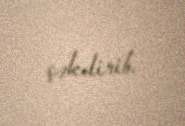
çəkdirib.